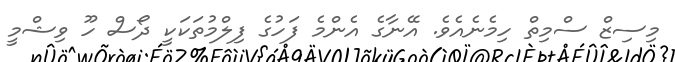
މިސިޒް ސްމިތް ހިމެނެއެވެ. އޭނާގެ އެންމެ ފަހުގެ ފިލްމުތަކަކީ ދޯސް ހޫ ވިޝްމީ